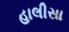
હાલીસા